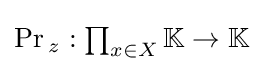
{\textstyle \Pr {}_{z}:\prod _{x\in X}\mathbb {K} \to \mathbb {K} }